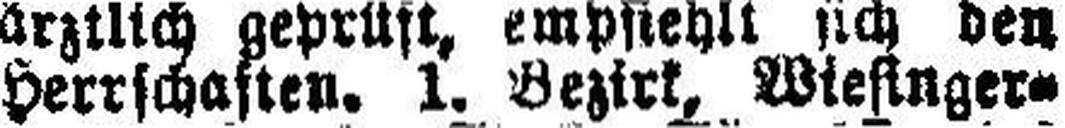
Herrschaften, 1. Bezirk, Wiesinger¬